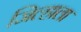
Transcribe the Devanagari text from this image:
जिल्हाला